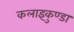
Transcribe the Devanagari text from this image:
कलाइकुण्डा